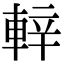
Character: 𨌍